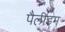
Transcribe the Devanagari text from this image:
पैलीडम